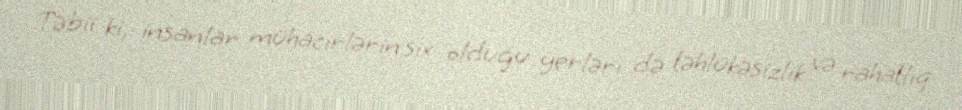
Təbii ki, insanlar mühacirlərin sıx olduğu yerləri də təhlükəsizlik və rahatlıq